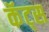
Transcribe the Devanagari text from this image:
कॅट्स